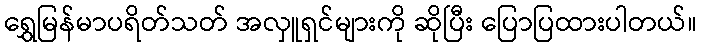
ရွှေမြန်မာပရိတ်သတ် အလှူရှင်များကို ဆိုပြီး ပြောပြထားပါတယ်။